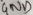
Text: GND